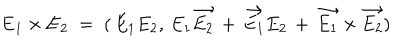
LaTeX: { \bf E } _ { 1 } \times { \bf E } _ { 2 } \; = \; ( \, E _ { 1 } E _ { 2 } , \, E _ { 1 } \vec { E _ { 2 } } \, + \, \vec { E _ { 1 } } E _ { 2 } \, + \, \vec { E _ { 1 } } \times \vec { E _ { 2 } } )